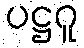
ပဋ္ဌဂူ